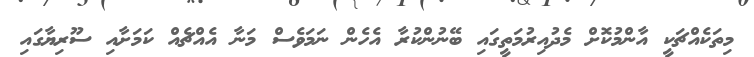
މިތަކެއްޗަކީ އާންމުކޮށް މެދުއިރުމަތީގައި ބޭނުންކުރާ އެހެން ނަމަވެސް މަނާ އެއްޗެއް ކަމަށާއި ސޫރިޔާގައި